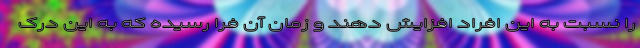
را نسبت به این افراد افزایش دهند و زمان آن فرا رسیده که به این درک